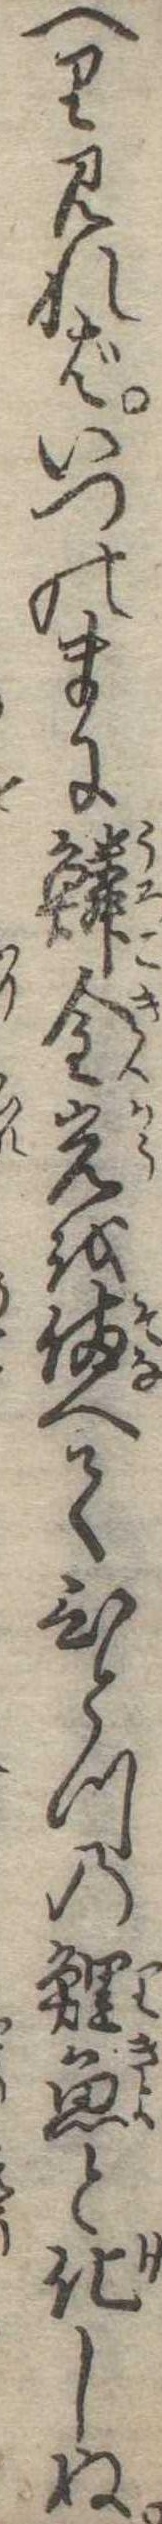
へり見ればいつのまに鱗金光を備へてひとつの鯉魚と化しぬ